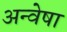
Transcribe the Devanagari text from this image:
अन्वेषा